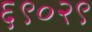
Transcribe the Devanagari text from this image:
६९०२९